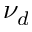
\nu _ { d }